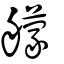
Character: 艨